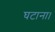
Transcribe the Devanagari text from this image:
घटाना।